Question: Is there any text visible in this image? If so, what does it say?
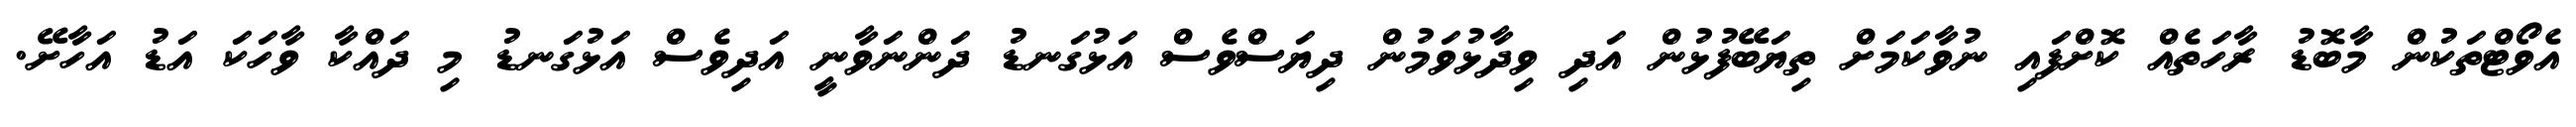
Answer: އެވޯޓްތަކުން މާބޮޑު ރާހަތެއް ކޮށްފައި ނުވާކަމަށް ތިޔަބޭފުޅުން އަދި ވިދާޅުވަމުން ދިޔަސްވެސް އަޅުގަނޑު ދަންނަވާނީ އަދިވެސް އަޅުގަނޑު މި ދައްކާ ވާހަކަ އަޑު އަހާށޭ.